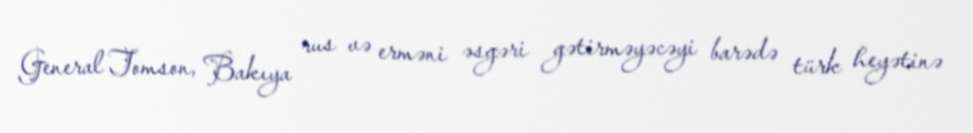
General Tomson, Bakıya rus və erməni əsgəri gətirməyəcəyi barədə türk heyətinə